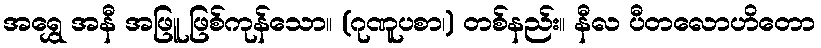
အရွှေ အနီ အဖြူ ဖြစ်ကုန်သော။ (ဂုဏူပစာ၊) တစ်နည်း။ နီလ ပီတလောဟိတော